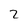
Character: 2